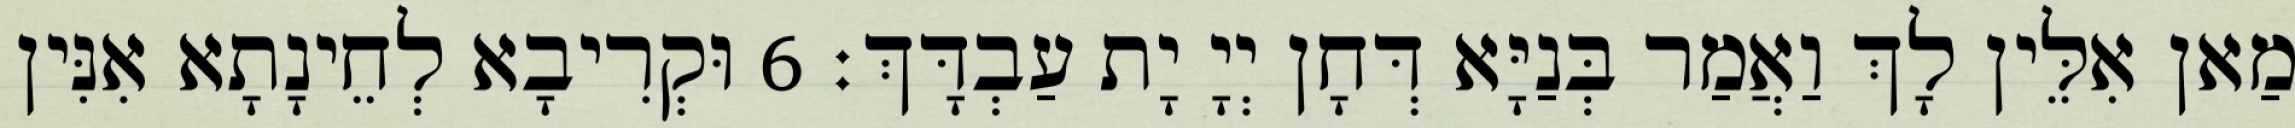
מַאן אִלֵּין לָךְ וַאֲמַר בְּנַיָּא דְּחָן יְיָ יָת עַבְדָּךְ׃ 6 וּקְרִיבָא לְחֵינָתָא אִנִּין